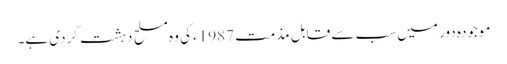
موجودہ دور میں سب سے قابل مذمت 1987ء کی وہ مسلح دہشت گردی ہے۔